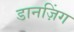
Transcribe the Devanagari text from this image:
डानज़िंग